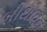
બીથોવન